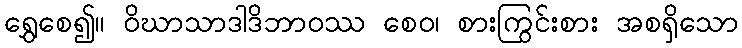
ရွှေစေ၍။ ဝိဃာသာဒါဒိဘာဝဿ စေဝ၊ စားကြွင်းစား အစရှိသော